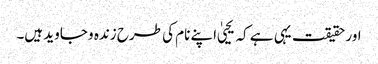
اور حقیقت یہی ہے کہ یحییٰ اپنے نام کی طرح زندہ و جاوید ہیں۔